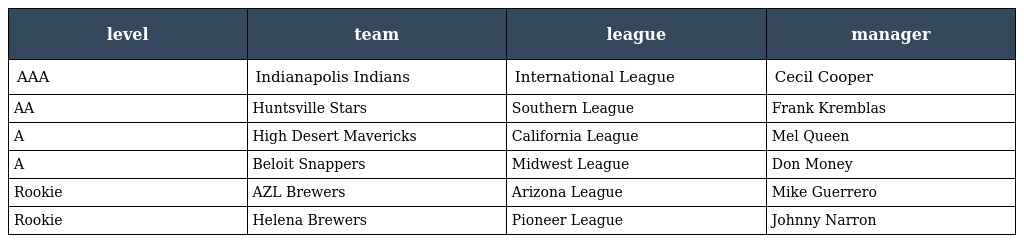
| level | team | league | manager |
 | --- | --- | --- | --- |
 | AAA | Indianapolis Indians | International League | Cecil Cooper |
 | AA | Huntsville Stars | Southern League | Frank Kremblas |
 | A | High Desert Mavericks | California League | Mel Queen |
 | A | Beloit Snappers | Midwest League | Don Money |
 | Rookie | AZL Brewers | Arizona League | Mike Guerrero |
 | Rookie | Helena Brewers | Pioneer League | Johnny Narron |